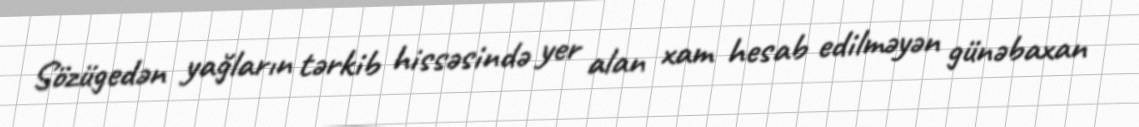
Sözügedən yağların tərkib hissəsində yer alan xam hesab edilməyən günəbaxan